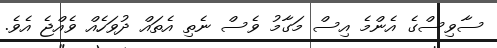
ސާވިސްގެ އެންމެ އިސް މަގާމު ވެސް ނެތި އެތައް ދުވަހެއް ވެއްޖެ އެވެ.